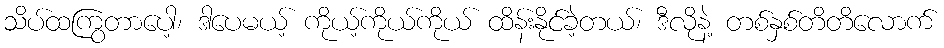
သိပ်ထကြွတာပေါ့၊ ဒါပေမယ့် ကိုယ့်ကိုယ်ကိုယ် ထိန်းနိုင်ခဲ့တယ်၊ ဒီလိုနဲ့ တစ်နှစ်တိတိလောက်